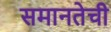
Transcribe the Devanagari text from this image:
समानतेची